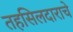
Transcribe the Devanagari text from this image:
तहसिलदाराचे